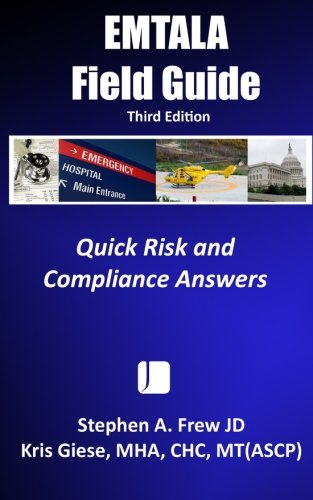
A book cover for EMTALA Field Guide -- 3rd Edition: Quick Risk and Compliance Answers; Stephen A. Frew JD; Law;